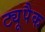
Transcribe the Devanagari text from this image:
ट्यूपैक